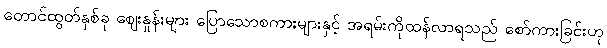
တောင်ထွတ်နှစ်ခု ဈေးနှုန်းများ ပြောသောစကားများနှင့် အရမ်းကိုထန်လာရသည် စော်ကားခြင်းဟု